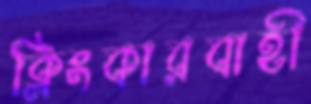
ক্লিংকারবাহী